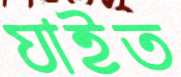
যাইত